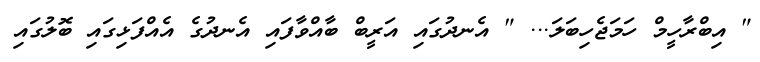
" އިބްރާހީމް ހަމަޖެހިބަލަ... " އެނދުގައި އަރީބް ބާއްވާފައި އެނދުގެ އެއްފަޅިގައި ބޮލުގައި